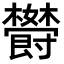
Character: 𬅏